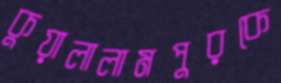
কুয়ালালামপুরকে